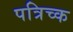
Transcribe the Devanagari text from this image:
पत्रिच्क